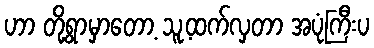
ဟာ တို့ရွာမှာတော့ သူ့ထက်လှတာ အပုံကြီးပ